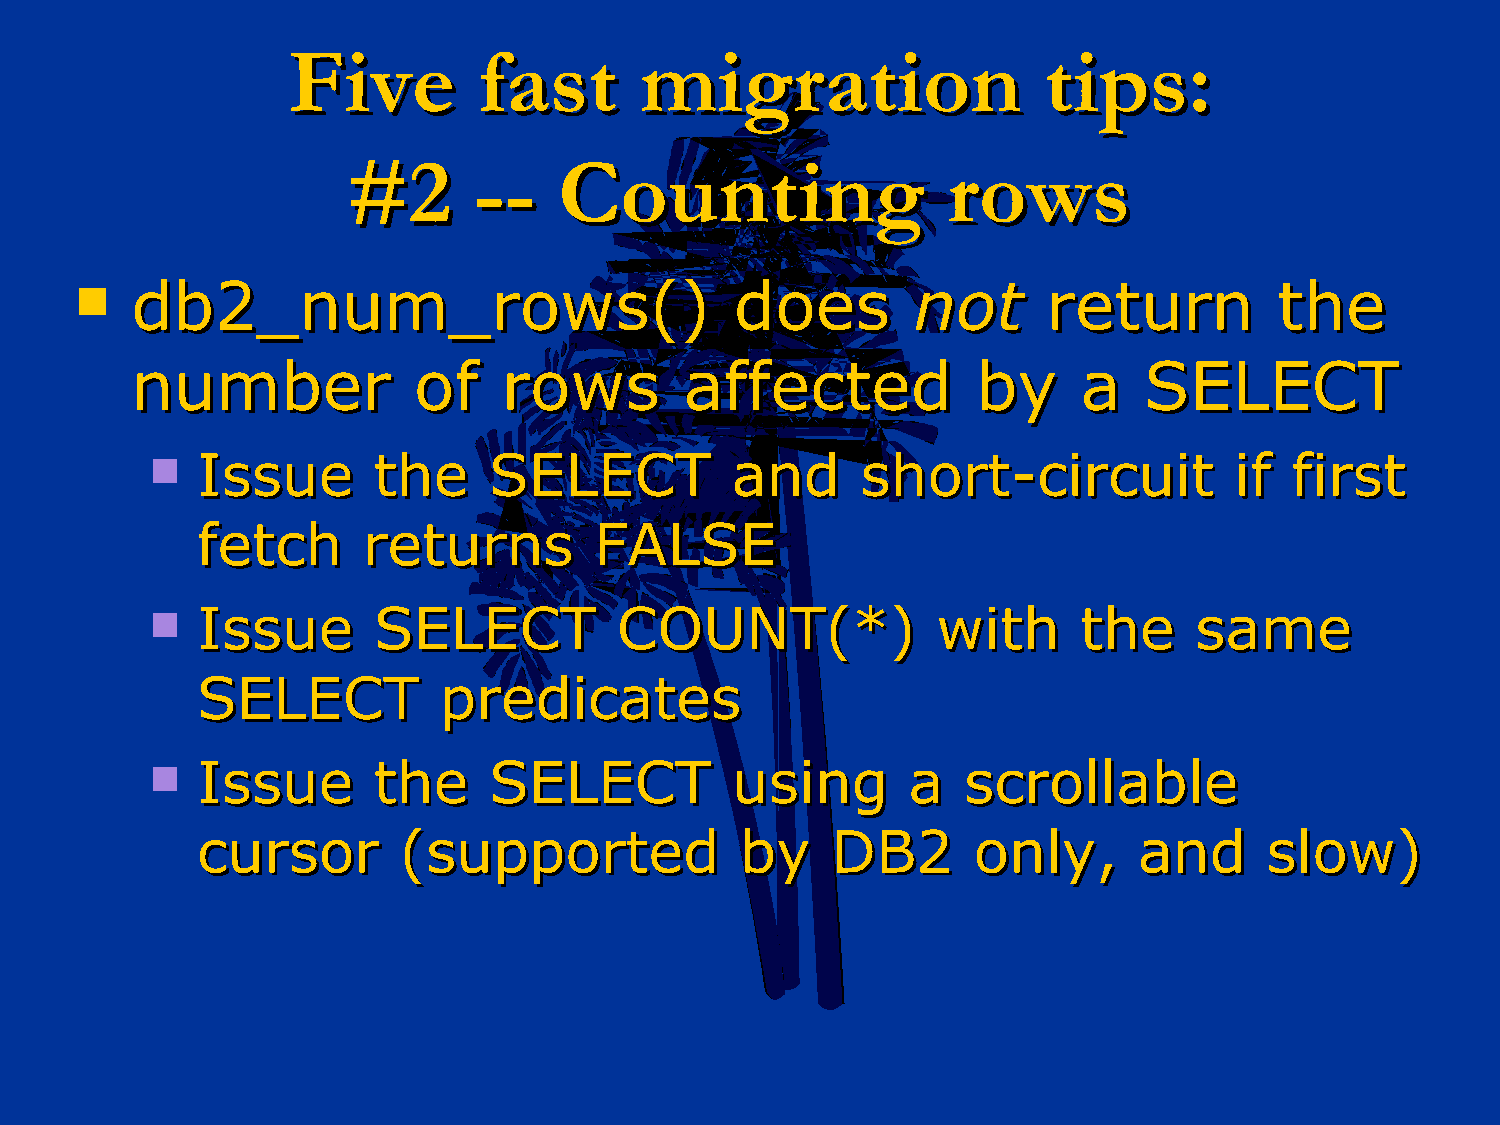
FFiivvee     ffaasstt  mmiiggrraattiioonn         ttiippss::
 ##22    ----  CCoouunnttiinngg          rroowwss
    ddbb22__nnuumm__rroowwss(())            ddooeess   nnoott   rreettuurrnn    tthhee
 nnuummbbeerr      ooff  rroowwss    aaffffeecctteedd    bbyy   aa  SSEELLEECCTT
   IIssssuuee  tthhee SSEELLEECCTT    aanndd   sshhoorrtt--cciirrccuuiitt iiff ffiirrsstt
 ffeettcchh rreettuurrnnss FFAALLSSEE
   IIssssuuee  SSEELLEECCTT    CCOOUUNNTT((**))     wwiitthh  tthhee ssaammee
 SSEELLEECCTT    pprreeddiiccaatteess
   IIssssuuee  tthhee SSEELLEECCTT    uussiinngg  aa  ssccrroollllaabbllee
 ccuurrssoorr ((ssuuppppoorrtteedd   bbyy  DDBB22   oonnllyy,, aanndd   ssllooww))